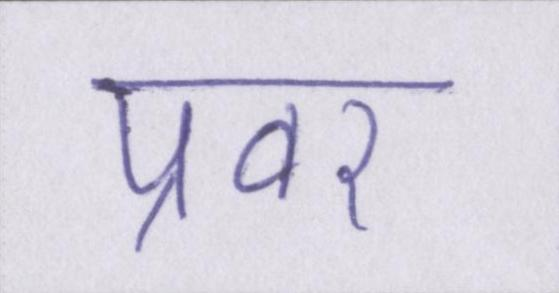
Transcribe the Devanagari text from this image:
प्रवर